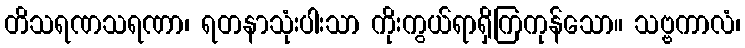
တိသရဏသရဏာ၊ ရတနာသုံးပါးသာ ကိုးကွယ်ရာရှိကြကုန်သော။ သဗ္ဗကာလံ၊